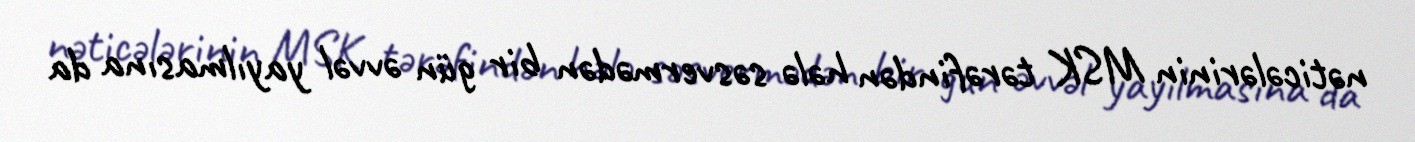
nəticələrinin MSK tərəfindən hələ səsvermədən bir gün əvvəl yayılmasına da